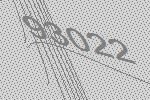
93022